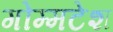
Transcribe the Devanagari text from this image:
गोम्मटेश